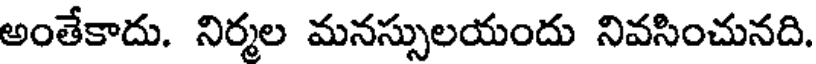
అంతేకాదు. నిర్మల మనస్సులయందు నివసించునది.